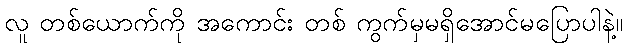
လူ တစ်ယောက်ကို အကောင်း တစ် ကွက်မှမရှိအောင်မပြောပါနဲ့။